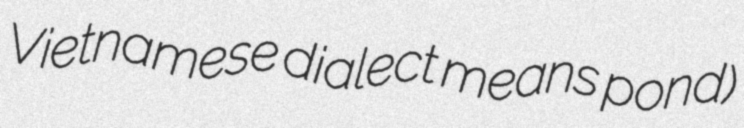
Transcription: Vietnamese dialect means pond)